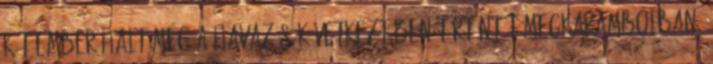
két ember halt meg a havazás következtében történt tömegkarambolban,